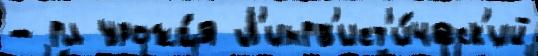
- гл урожа́я Л'ингв'ист'и́ческ'ий